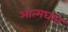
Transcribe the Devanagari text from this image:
आत्‍मघात